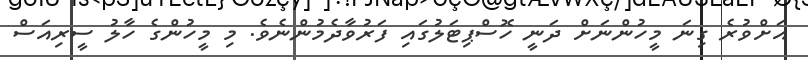
އަށްވުރެ ގިނަ މީހުންނަށް ދަނީ ހޮސްޕިޓަލުގައި ފަރުވާދެމުންނެވެ. މި މީހުންގެ ހާލު ސީރިއަސް